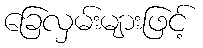
ခြေလှမ်းများဖြင့်